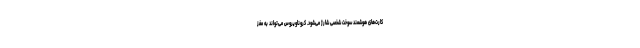
کارت‌های هوشمند سوخت شخصی شارژ می‌شود. کروناویروس می‌تواند به مغز